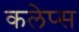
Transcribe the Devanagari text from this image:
कलेप्स